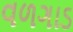
વળગાડ